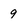
Character: 9